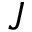
J